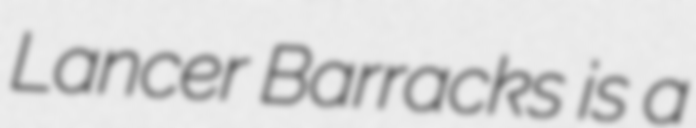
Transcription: Lancer Barracks is a